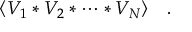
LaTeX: \langle V _ { 1 } \ast V _ { 2 } \ast \dots \ast V _ { N } \rangle \quad .